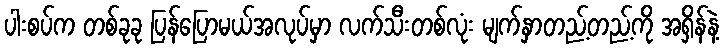
ပါးစပ်က တစ်ခုခု ပြန်ပြောမယ်အလုပ်မှာ လက်သီးတစ်လုံး မျက်နှာတည့်တည့်ကို အရှိန်နဲ့